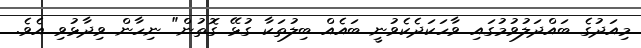
މިއަދުގެ ބައްދަލުވުމުގައި ވާހަކަދެކެވުނީ ބައެއް ބިލުތަކާ ގުޅޭ ގޮތުން" ނިހާން ވިދާޅުވި އެވެ.